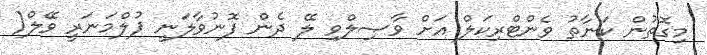
މިގޮތުން ކަނާތު ވެންޓްރިކަލް އަށް ވާޞިލްވި ލޭ ދެން ފޮނުވާލަނީ ޕުލްމަނަރީ ވޭލް(